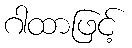
ဂါထာဖြင့်